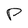
Character: P